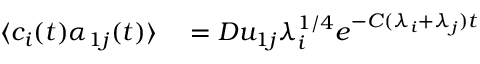
\begin{array} { r l } { \langle c _ { i } ( t ) \alpha _ { 1 j } ( t ) \rangle } & { { } = D u _ { 1 j } \lambda _ { i } ^ { 1 / 4 } e ^ { - C ( \lambda _ { i } + \lambda _ { j } ) t } } \end{array}